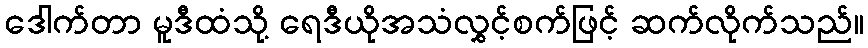
ဒေါက်တာ မူဒီထံသို့ ရေဒီယိုအသံလွှင့်စက်ဖြင့် ဆက်လိုက်သည်။